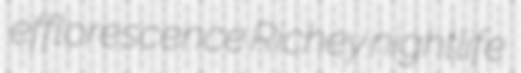
efflorescence Richey nightlife